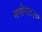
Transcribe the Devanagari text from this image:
मनोगत२७